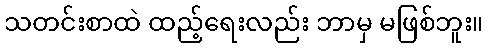
သတင်းစာထဲ ထည့်ရေးလည်း ဘာမှ မဖြစ်ဘူး။